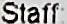
STAFF: